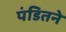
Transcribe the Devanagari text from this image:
पंडितने